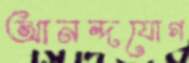
আনন্দযোগ